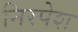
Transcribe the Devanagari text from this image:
निरपेश